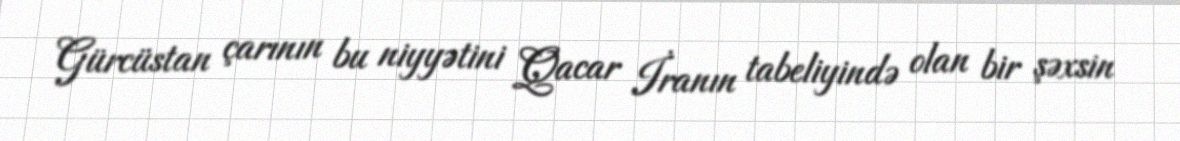
Gürcüstan çarının bu niyyətini Qacar İranın tabeliyində olan bir şəxsin